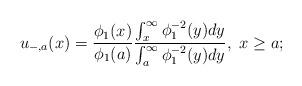
LaTeX: \begin{align*}u_{-,a}(x)=\frac{\phi_1(x)}{\phi_1(a)}\frac{\int_x^\infty\phi_1^{-2}(y)dy}{\int_a^\infty\phi_1^{-2}(y)dy},\ x\ge a;\end{align*}